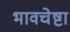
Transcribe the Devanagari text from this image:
भावचेष्टा